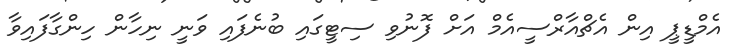
އެމްޑީޕީ އިން އެޗްއާރްސީއެމް އަށް ފޮނުވި ސިޓީގައި ބުނެފައި ވަނީ ނިހާން ހިންގާފައިވާ